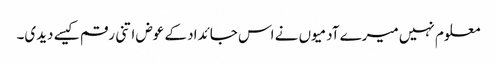
معلوم نہیں میرے آدمیوں نے اس جائداد کے عوض اتنی رقم کیسے دیدی۔